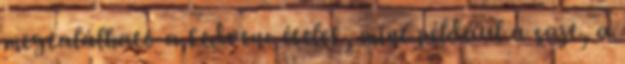
megtalálható a kedvenc ételek, mint például a sajt, a